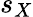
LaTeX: s_{X}